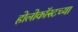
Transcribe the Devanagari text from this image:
होलोकॉस्टच्या